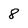
Character: 8